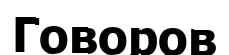
Говоров